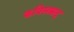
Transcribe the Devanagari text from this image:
कविसम्राट्